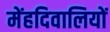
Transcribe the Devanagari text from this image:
मेंहदिवालियों